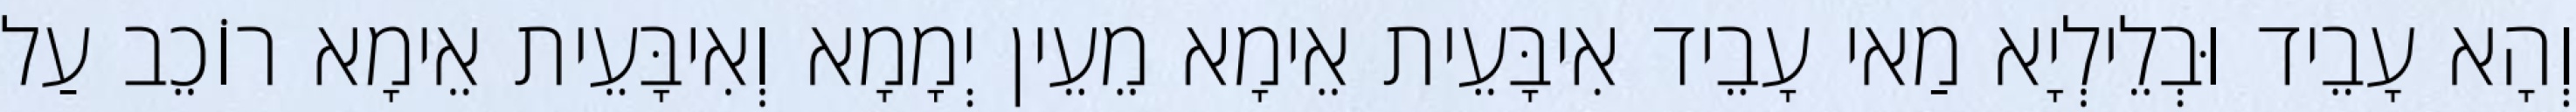
וְהָא עָבֵיד וּבְלֵילְיָא מַאי עָבֵיד אִיבָּעֵית אֵימָא מֵעֵין יְמָמָא וְאִיבָּעֵית אֵימָא רוֹכֵב עַל